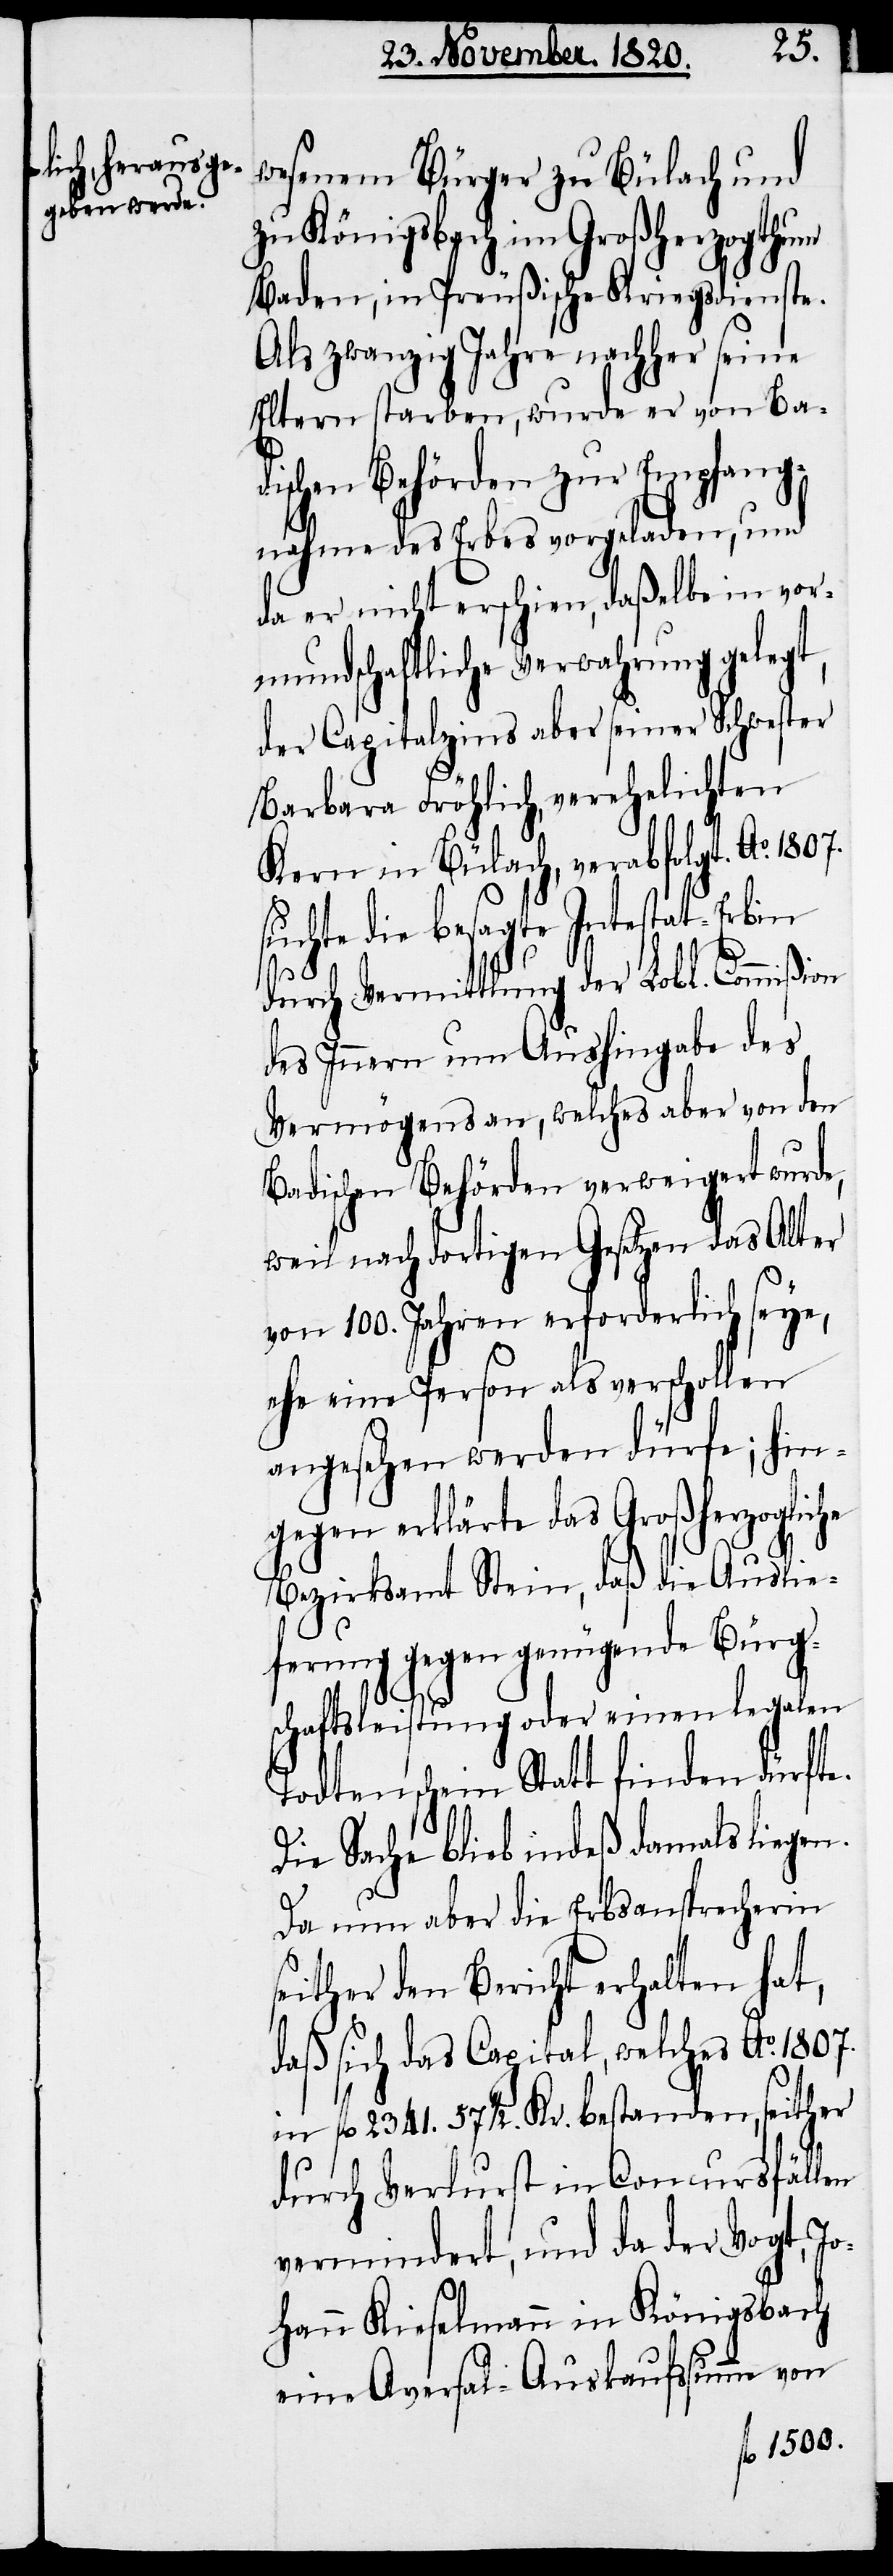
wesenem Bürger zu Bülach und
zu Königsbach im Großherzogthum
Baden, in Preußische Kriegsdienste.
Als zwanzig Jahre nachher seine
Eltern starben, wurde er von Ba¬
dischen Behörden zur Empfang¬
nahme des Erbes vorgeladen, und
da er nicht erschien, daßelbe in vor¬
mundschaftliche Verwahrung gelegt,
der Capitalzins aber seiner Schwester
Barbara Fröhlich, verehelichten
Kern in Bülach, verabfolgt. Ao. 1807.
suchte die besagte Intestat-Erbin
he
durch Vermittlung der Lobl. Commißion
des Innern um Aushingabe des
Vermögens an, welches aber von den
Badischen Behörden verweigert wurde,
weil nach dortigen Gesetzen das Alter
von 100. Jahren erforderlich seye,
ehe eine Person als verschollen
angesehen werden dürfe; hin¬
gegen erklärte das Großherzoglic¬
Bezirksamt Stein, daß die Auslie¬
ferung gegen genügende Bürg¬
schaftsleistung oder einen legalen
Todtenschein Statt finden dürfte.
Die Sache blieb indeß damals liegen.
Da nun aber die Erbsansprecherin
seither den Bericht erhalten hat,
daß sich das Capital, welches Ao. 1807.
in fl. 2341. 57 1/2 Kr. bestanden, seither
durch Verlust in Concursfällen
vermindert, und da der Vogt, Jo¬
hann Kieselmann in Königsbach
eine Aversal-Auskaufssumme von